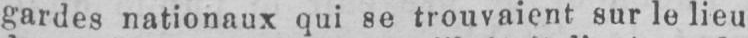
gardes nationaux qui se trouvaient sur le lieu